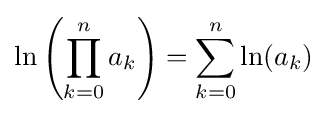
\ln \left(\prod _{k=0}^{n}a_{k}\right)=\sum _{k=0}^{n}\ln(a_{k})